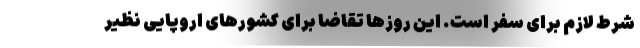
شرط لازم برای سفر است. این روزها تقاضا برای کشورهای اروپایی نظیر